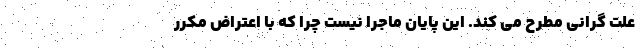
علت گرانی مطرح می کند. این پایان ماجرا نیست چرا که با اعتراض مکرر